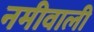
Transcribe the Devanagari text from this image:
नमीवाली